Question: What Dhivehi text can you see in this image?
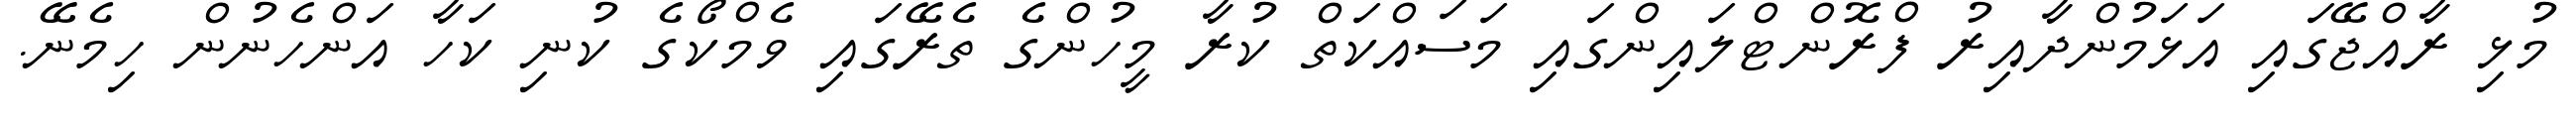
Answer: މުޅި ރާއްޖޭގައި އަޅަމުންދާއިރު ފްރޮންޓްލައިންގައި މަސައްކަތް ކުރާ މީހުންގެ ތެރޭގައި ވެމްކޯގެ ކުނި ކަހާ އަންހެނުން ހިމެނޭ.